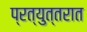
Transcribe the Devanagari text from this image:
प्रत्युत्तरात